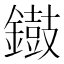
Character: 𨭸